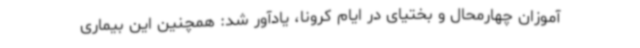
آموزان چهارمحال و بختیای در ایام کرونا، یادآور شد: همچنین این بیماری